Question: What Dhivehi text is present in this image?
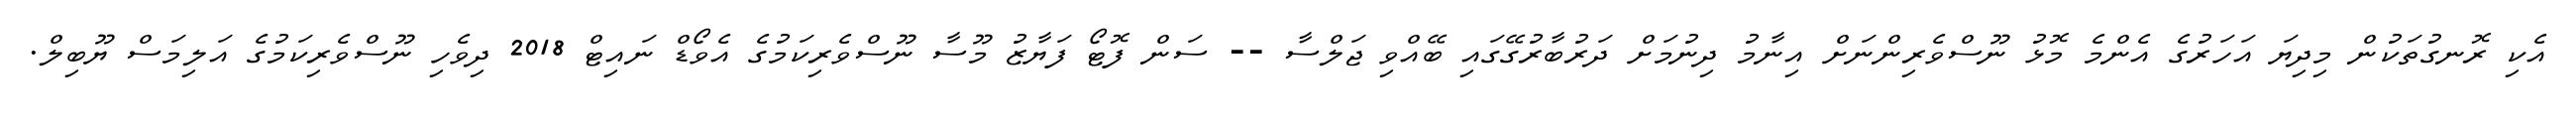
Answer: އެކި ރޮނގުތަކުން މިދިޔަ އަހަރުގެ އެންމެ މޮޅު ނޫސްވެރިންނަށް އިނާމު ދިނުމަށް ދަރުބާރުގޭގައި ބޭއްވި ޖަލްސާ -- ސަން ފޮޓޯ ފަޔާޒު މޫސާ ނޫސްވެރިކަމުގެ އެވޯޑް ނައިޓް 2018 ދިވެހި ނޫސްވެރިކަމުގެ އަލިމަސް ޔޫބިލް.